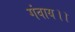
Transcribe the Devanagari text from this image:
गंवाय।।